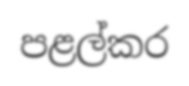
පළල්කර